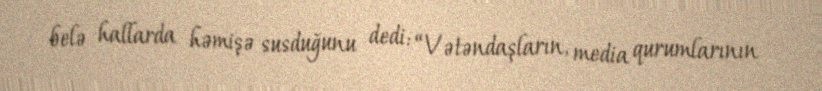
belə hallarda həmişə susduğunu dedi: “Vətəndaşların, media qurumlarının